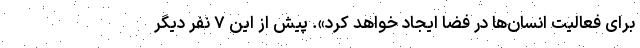
برای فعالیت انسان‌ها در فضا ایجاد خواهد کرد». پیش از این ۷ نفر دیگر